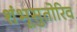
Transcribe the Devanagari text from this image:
शंभूसुतोरिव